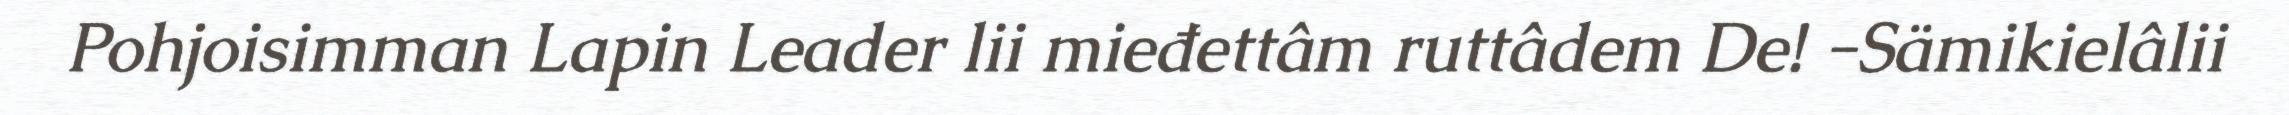
Pohjoisimman Lapin Leader lii mieđettâm ruttâdem De! -Sämikielâlii